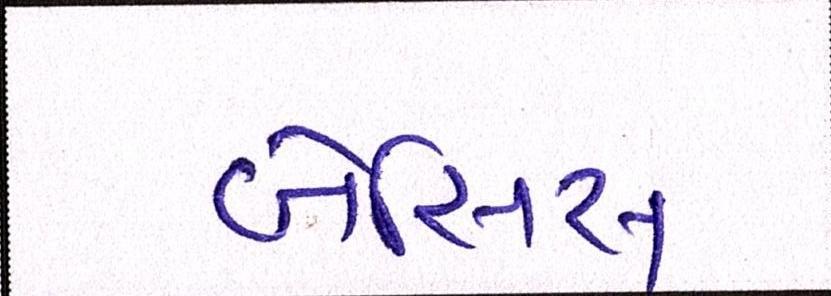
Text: બેસિસ